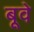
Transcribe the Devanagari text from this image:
बूवे